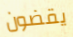
يقضون